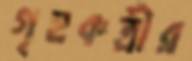
গৃহকর্ত্রীর